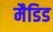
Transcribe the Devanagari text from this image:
मैडिड